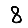
Digit: 8